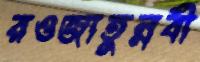
রওজাতুন্নবী